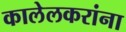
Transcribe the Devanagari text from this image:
कालेलकरांना